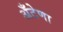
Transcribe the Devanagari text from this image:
अँटेणा